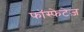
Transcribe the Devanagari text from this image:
फॉस्फेटेज़